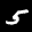
Label: 5